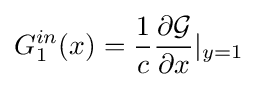
G_{1}^{in}(x)={\frac {1}{c}}{\partial {\mathcal {G}} \over \partial x}\vert _{y=1}